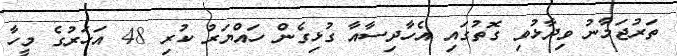
ތަރުޖަމާނު ވިދާޅުވި ގޮތުގައި އެހާދިސާއާ ގުޅިގެން ހައްޔަރު ކުރި 48 އަހަރުގެ މީހާ